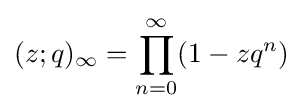
(z;q)_{\infty }=\prod _{n=0}^{\infty }(1-zq^{n})